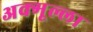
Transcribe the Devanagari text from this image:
अक्मूल्ला